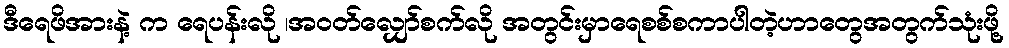
ဒီရေဖိအားနဲ့ က ရေပန်းလို ၊အဝတ်လျှော်စက်လို အတွင်းမှာရေစစ်စကာပါတဲ့ဟာတွေအတွက်သုံးဖို့